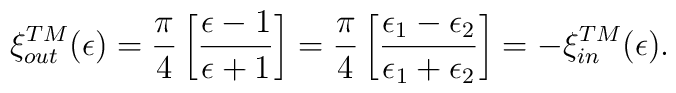
\xi^{\small TM}_{\small out}(\epsilon) = {\pi\over4}\left[{\epsilon-1\over \epsilon+1}\right] ={\pi\over4}\left[{\epsilon_1-\epsilon_2\over \epsilon_1+\epsilon_2}\right] = - \xi^{\small TM}_{\small in}(\epsilon).